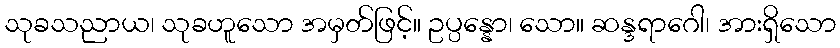
သုခသညာယ၊ သုခဟူသော အမှတ်ဖြင့်။ ဥပ္ပန္နော၊ သော။ ဆန္ဒရာဂေါ၊ အားရှိသော